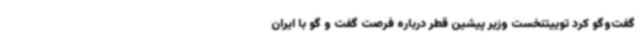
گفت‌وگو کرد توییتنخست وزیر پیشین قطر درباره فرصت گفت و گو با ایران